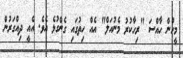
މީހުން ހާއްސަ "ރިހާކުރު މެނުއަލް" އެއް ހިތުގައި ގެންގުޅެ އެވެ. އެއީ ދިއްގަރުން